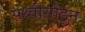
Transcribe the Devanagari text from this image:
पथ्वीसोडून